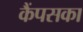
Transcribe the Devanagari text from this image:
कैंपसका